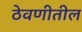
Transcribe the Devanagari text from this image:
ठेवणीतील